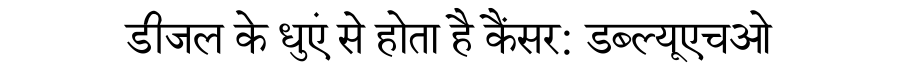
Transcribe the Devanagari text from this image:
डीजल के धुएं से होता है कैंसर: डब्ल्यूएचओ